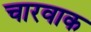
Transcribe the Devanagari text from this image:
चारवाक